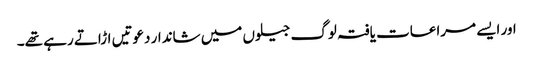
اور ایسے مراعات یافتہ لوگ جیلوں میں شاندار دعوتیں اڑاتے رہے تھے۔